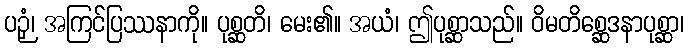
ပဉှံ၊ အကြင်ပြဿနာကို။ ပုစ္ဆတိ၊ မေး၏။ အယံ၊ ဤပုစ္ဆာသည်။ ဝိမတိစ္ဆေဒနာပုစ္ဆာ၊